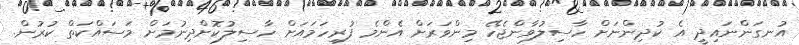
އުނގަންނައިދީ އެ ކުދިންނަށް ހާސިލުވާންޖެހޭ މިންވަރަށް އެންމެ ފުރިހަމައަށް ހާސިލުކޮށްދިނުމަށް މަސައްކަތް ކުރުން.